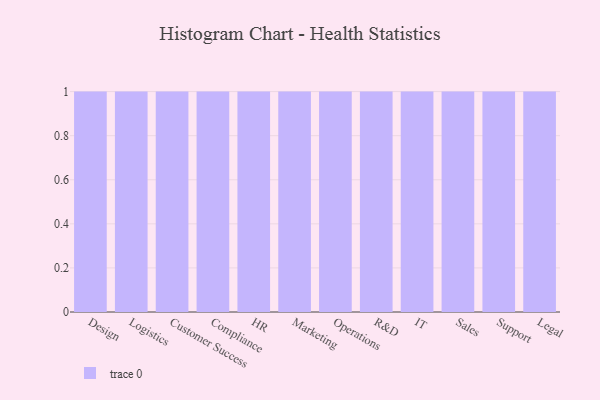
{"axis": {"x": "Department", "y": "Headcount"}, "legend": [""], "data": [{"x": "Design", "y": 15, "type": ""}, {"x": "Logistics", "y": 33, "type": ""}, {"x": "Customer Success", "y": 76, "type": ""}, {"x": "Compliance", "y": 56, "type": ""}, {"x": "HR", "y": 68, "type": ""}, {"x": "Marketing", "y": 26, "type": ""}, {"x": "Operations", "y": 66, "type": ""}, {"x": "R&D", "y": 85, "type": ""}, {"x": "IT", "y": 12, "type": ""}, {"x": "Sales", "y": 35, "type": ""}, {"x": "Support", "y": 89, "type": ""}, {"x": "Legal", "y": 34, "type": ""}]}